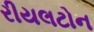
રીયલટોન